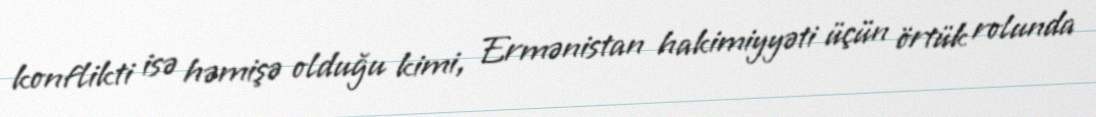
konflikti isə həmişə olduğu kimi, Ermənistan hakimiyyəti üçün örtük rolunda